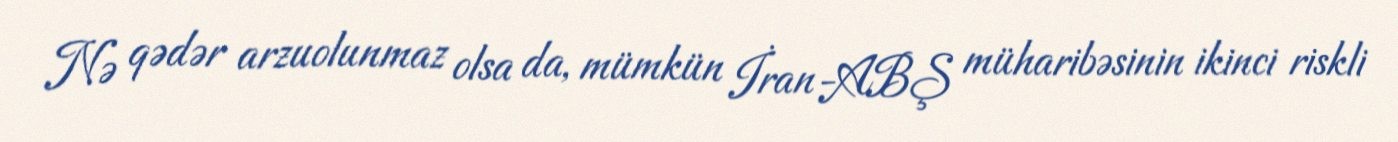
Nə qədər arzuolunmaz olsa da, mümkün İran-ABŞ müharibəsinin ikinci riskli